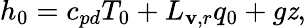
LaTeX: h_{0}=c_{pd}T_{0}+L_{\mathbf{v},r}q_{0}+g\mathit{z},